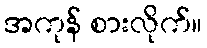
အကုန် စားလိုက်။